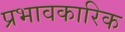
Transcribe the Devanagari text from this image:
प्रभावकारिक